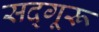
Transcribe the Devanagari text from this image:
सद्गूरू